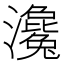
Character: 瀺